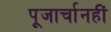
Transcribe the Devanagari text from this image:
पूजार्चानहीं